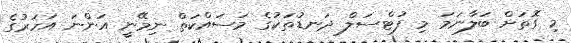
މި ގޮތަށް ބަލާނަމަ މި ފުޓްސަލް ދަނޑުތަކުގެ މަސައްކަތް ނިމޭނީ އަންނަ އަހަރުގެ